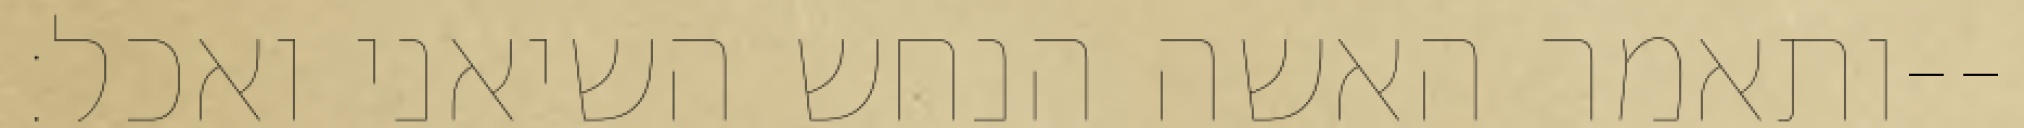
ותאמר האשה הנחש השיאני ואכל׃--